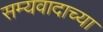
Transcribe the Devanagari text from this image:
सम्यवादाच्या